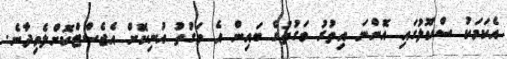
އެކަމަކު ސްކޫލުގައި އޮންނަ އިތުރު ވަގުތުގެ ބައިން އެ ވަގުތު އުނިކޮށް އެޖެސްޓްކޮށްލެވިދާނެ.